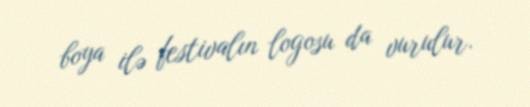
boya ilə festivalın logosu da vurulur.